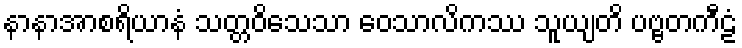
နာနာအာစရိယာနံ သတ္တဝိသေသာ ဝေသာလိကဿ သူယျတိ ပဗ္ဗတကီဠံ